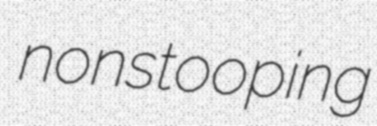
nonstooping